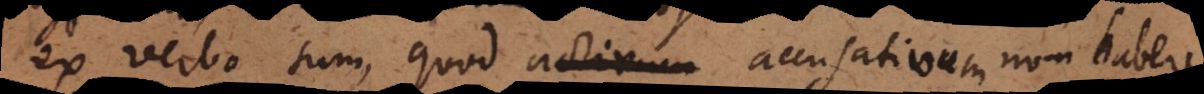
ex verbo sum, quod activum accusativum non habere